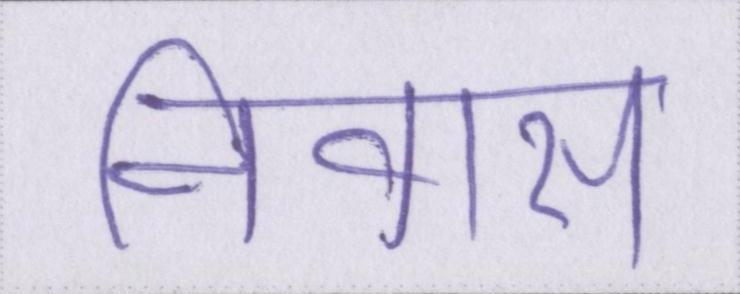
निवास